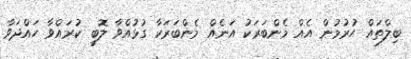
ބިލްތައް ހުރުމުން އެއް މެންބަރަކު އަނެއް މެންބަރަކާ ގުޅުއްވާ ލޮބީ ކުރައްވާ ހައްދަވާ